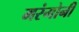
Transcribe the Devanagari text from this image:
मरंगोनी